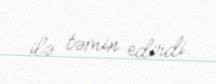
ilə təmin edirdi.